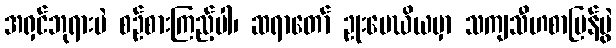
အရှင်ဘုရားပဲ စဉ်စားကြည့်ပါ၊ ဆရာတော် ဥုးမေဃိယမှာ သကျသီဟစာပြန်ပွဲ